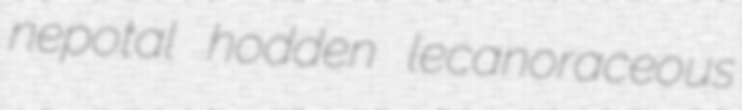
nepotal hodden lecanoraceous